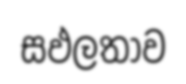
සඵලතාව